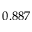
0 . 8 8 7